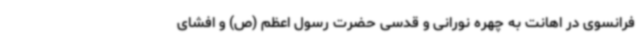
فرانسوی در اهانت به چهره نورانی و قدسی حضرت رسول اعظم (ص) و افشای